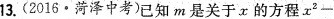
13.(2016·菏泽中考)已知m是关于x的方程$$x ^ { 2 } -